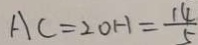
A C = 2 O H = \frac { 1 4 } { 5 }